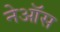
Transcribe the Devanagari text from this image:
नेऑस